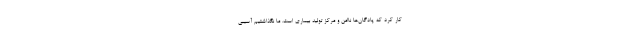
کار کرد که پادگان‌ها ناامن و مرکز تولید بیماری است. ما نگذاشتیم آسیبی